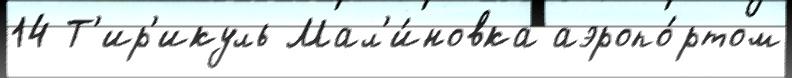
14 Т'ир'икуль Мал'и́новка аэропо́ртом